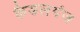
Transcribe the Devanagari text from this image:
कैडलगंज